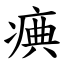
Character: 痶